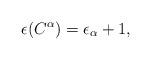
LaTeX: \begin{align*}\epsilon(C^{\alpha})=\epsilon_{\alpha}+1,\end{align*}